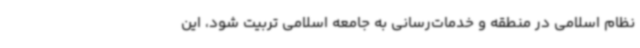
نظام اسلامی در منطقه و خدمات‌رسانی به جامعه اسلامی تربیت شود، این